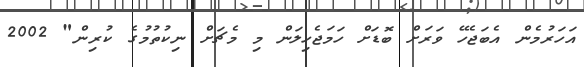
އަހަރުމެން އެބަޖެހޭ ވަރަށް ބޮޑަށް ހަމަޖެހިލަން މި މެޗަށް ނިކުތުމުގެ ކުރިން" 2002